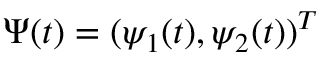
\Psi ( t ) = ( \psi _ { 1 } ( t ) , \psi _ { 2 } ( t ) ) ^ { T }